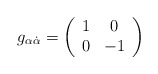
\begin{align*}g_{\alpha{\dot \alpha}}=\left( \begin{array}{cc} 1 & 0 \\ 0 & -1 \end{array}\right)\end{align*}